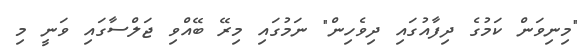
"މިނިވަން ކަމުގެ ދިފާއުގައި ދިވެހިން" ނަމުގައި މިރޭ ބޭއްވި ޖަލްސާގައި ވަނީ މި